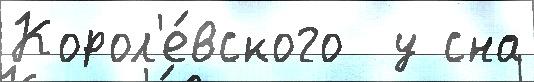
Корол'е́вского  у сна